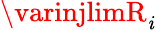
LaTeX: \varinjlimR_{\mathit{i}}